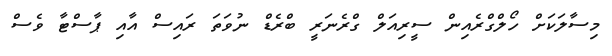
މިސާލަކަށް ހޯލްގްރެއިން ސީރިއަލް ގްރެނަރީ ބްރެޑް ނުވަތަ ރައިސް އާއި ޕާސްޓާ ވެސް